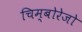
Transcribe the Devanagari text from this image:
चिम्बोरेजो